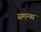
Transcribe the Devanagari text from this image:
समन्व्य